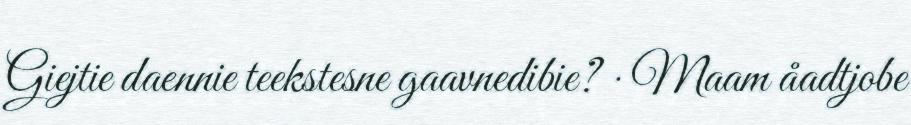
Giejtie daennie teekstesne gaavnedibie? · Maam åadtjobe